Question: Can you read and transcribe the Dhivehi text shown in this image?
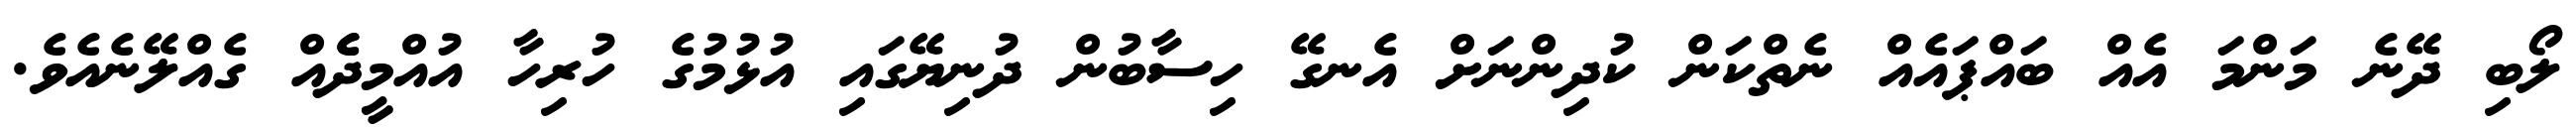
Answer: ލޯބި ދޭނެ މަންމަ އެއް ބައްޕައެއް ނެތްކަން ކުދިންނަށް އެނގޭ ހިސާބުން ދުނިޔޭގައި އުޅުމުގެ ހުރިހާ އުއްމީދެެއް ގެއްލޭނެއެވެ.